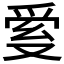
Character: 𤔐